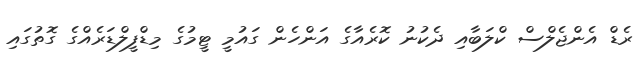
ރެޑް އެންޖެލްސް ކްލަބާއި ދެކުނު ކޮރެއާގެ އަންހެން ގައުމީ ޓީމުގެ މިޑްފީލްޑަރެއްގެ ގޮތުގައި